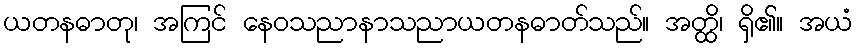
ယတနဓာတု၊ အကြင် နေဝသညာနာသညာယတနဓာတ်သည်။ အတ္ထိ၊ ရှိ၏။ အယံ